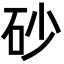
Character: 砂